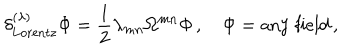
LaTeX: \delta _ { \mathrm { L o r e n t z } } ^ { ( \lambda ) } \Phi = \frac 1 2 \lambda _ { m n } \Omega ^ { m n } \Phi \, , \quad \Phi = \mathrm { a n y ~ f i e l d } \, ,